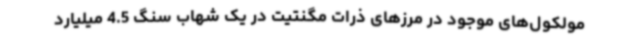
مولکول‌های موجود در مرزهای ذرات مگنتیت در یک شهاب‌ سنگ 4.5 میلیارد